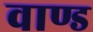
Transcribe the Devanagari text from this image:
वाण्ड